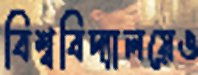
বিশ্ববিদ্যালয়েও